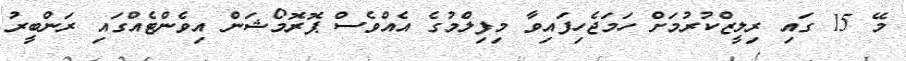
މޭ 15 ގައި ރިލީޒްކުރުމަށް ހަމަޖެހިފައިވާ މިފިލްމުގެ އެއްވެސް ޕޮރޮމޯޝަން އިވެންޓެއްގައި ރަންބީރު